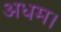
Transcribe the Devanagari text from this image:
अधम।